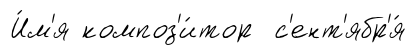
И́м'я композ'и́тор с'ент'ябр'я́